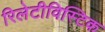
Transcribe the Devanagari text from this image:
रिलेटीविस्टिक